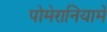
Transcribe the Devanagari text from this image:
पोमेरानियामें